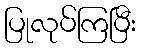
ပြုလုပ်ကြပြီး